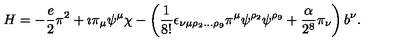
H = - \frac { e } { 2 } \pi ^ { 2 } + \imath \pi _ { \mu } \psi ^ { \mu } \chi - \left( \frac { 1 } { 8 ! } \epsilon _ { \nu \mu \rho _ { 2 } \ldots \rho _ { 9 } } \pi ^ { \mu } \psi ^ { \rho _ { 2 } } \psi ^ { \rho _ { 9 } } + \frac { \alpha } { 2 ^ { 8 } } \pi _ { \nu } \right) b ^ { \nu } .